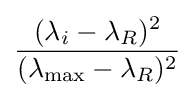
{\frac {(\lambda _{i}-\lambda _{R})^{2}}{(\lambda _{\max }-\lambda _{R})^{2}}}